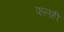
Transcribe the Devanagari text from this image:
फलही